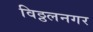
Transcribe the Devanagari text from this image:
विठ्ठलनगर